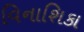
વિનાશિકા